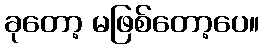
ခုတော့ မဖြစ်တော့ပေ။